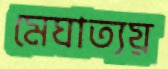
মেঘাত্যয়